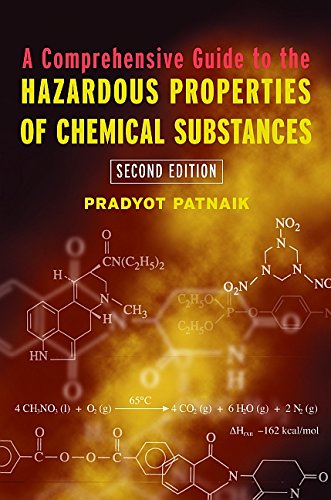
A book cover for A Comprehensive Guide to the Hazardous Properties of Chemical Substances, 2nd Edition; Pradyot Patnaik; Science & Math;